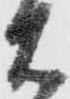
右